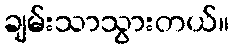
ချမ်းသာသွားတယ်။